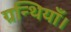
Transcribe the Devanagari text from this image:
ग्रन्थियाँ।